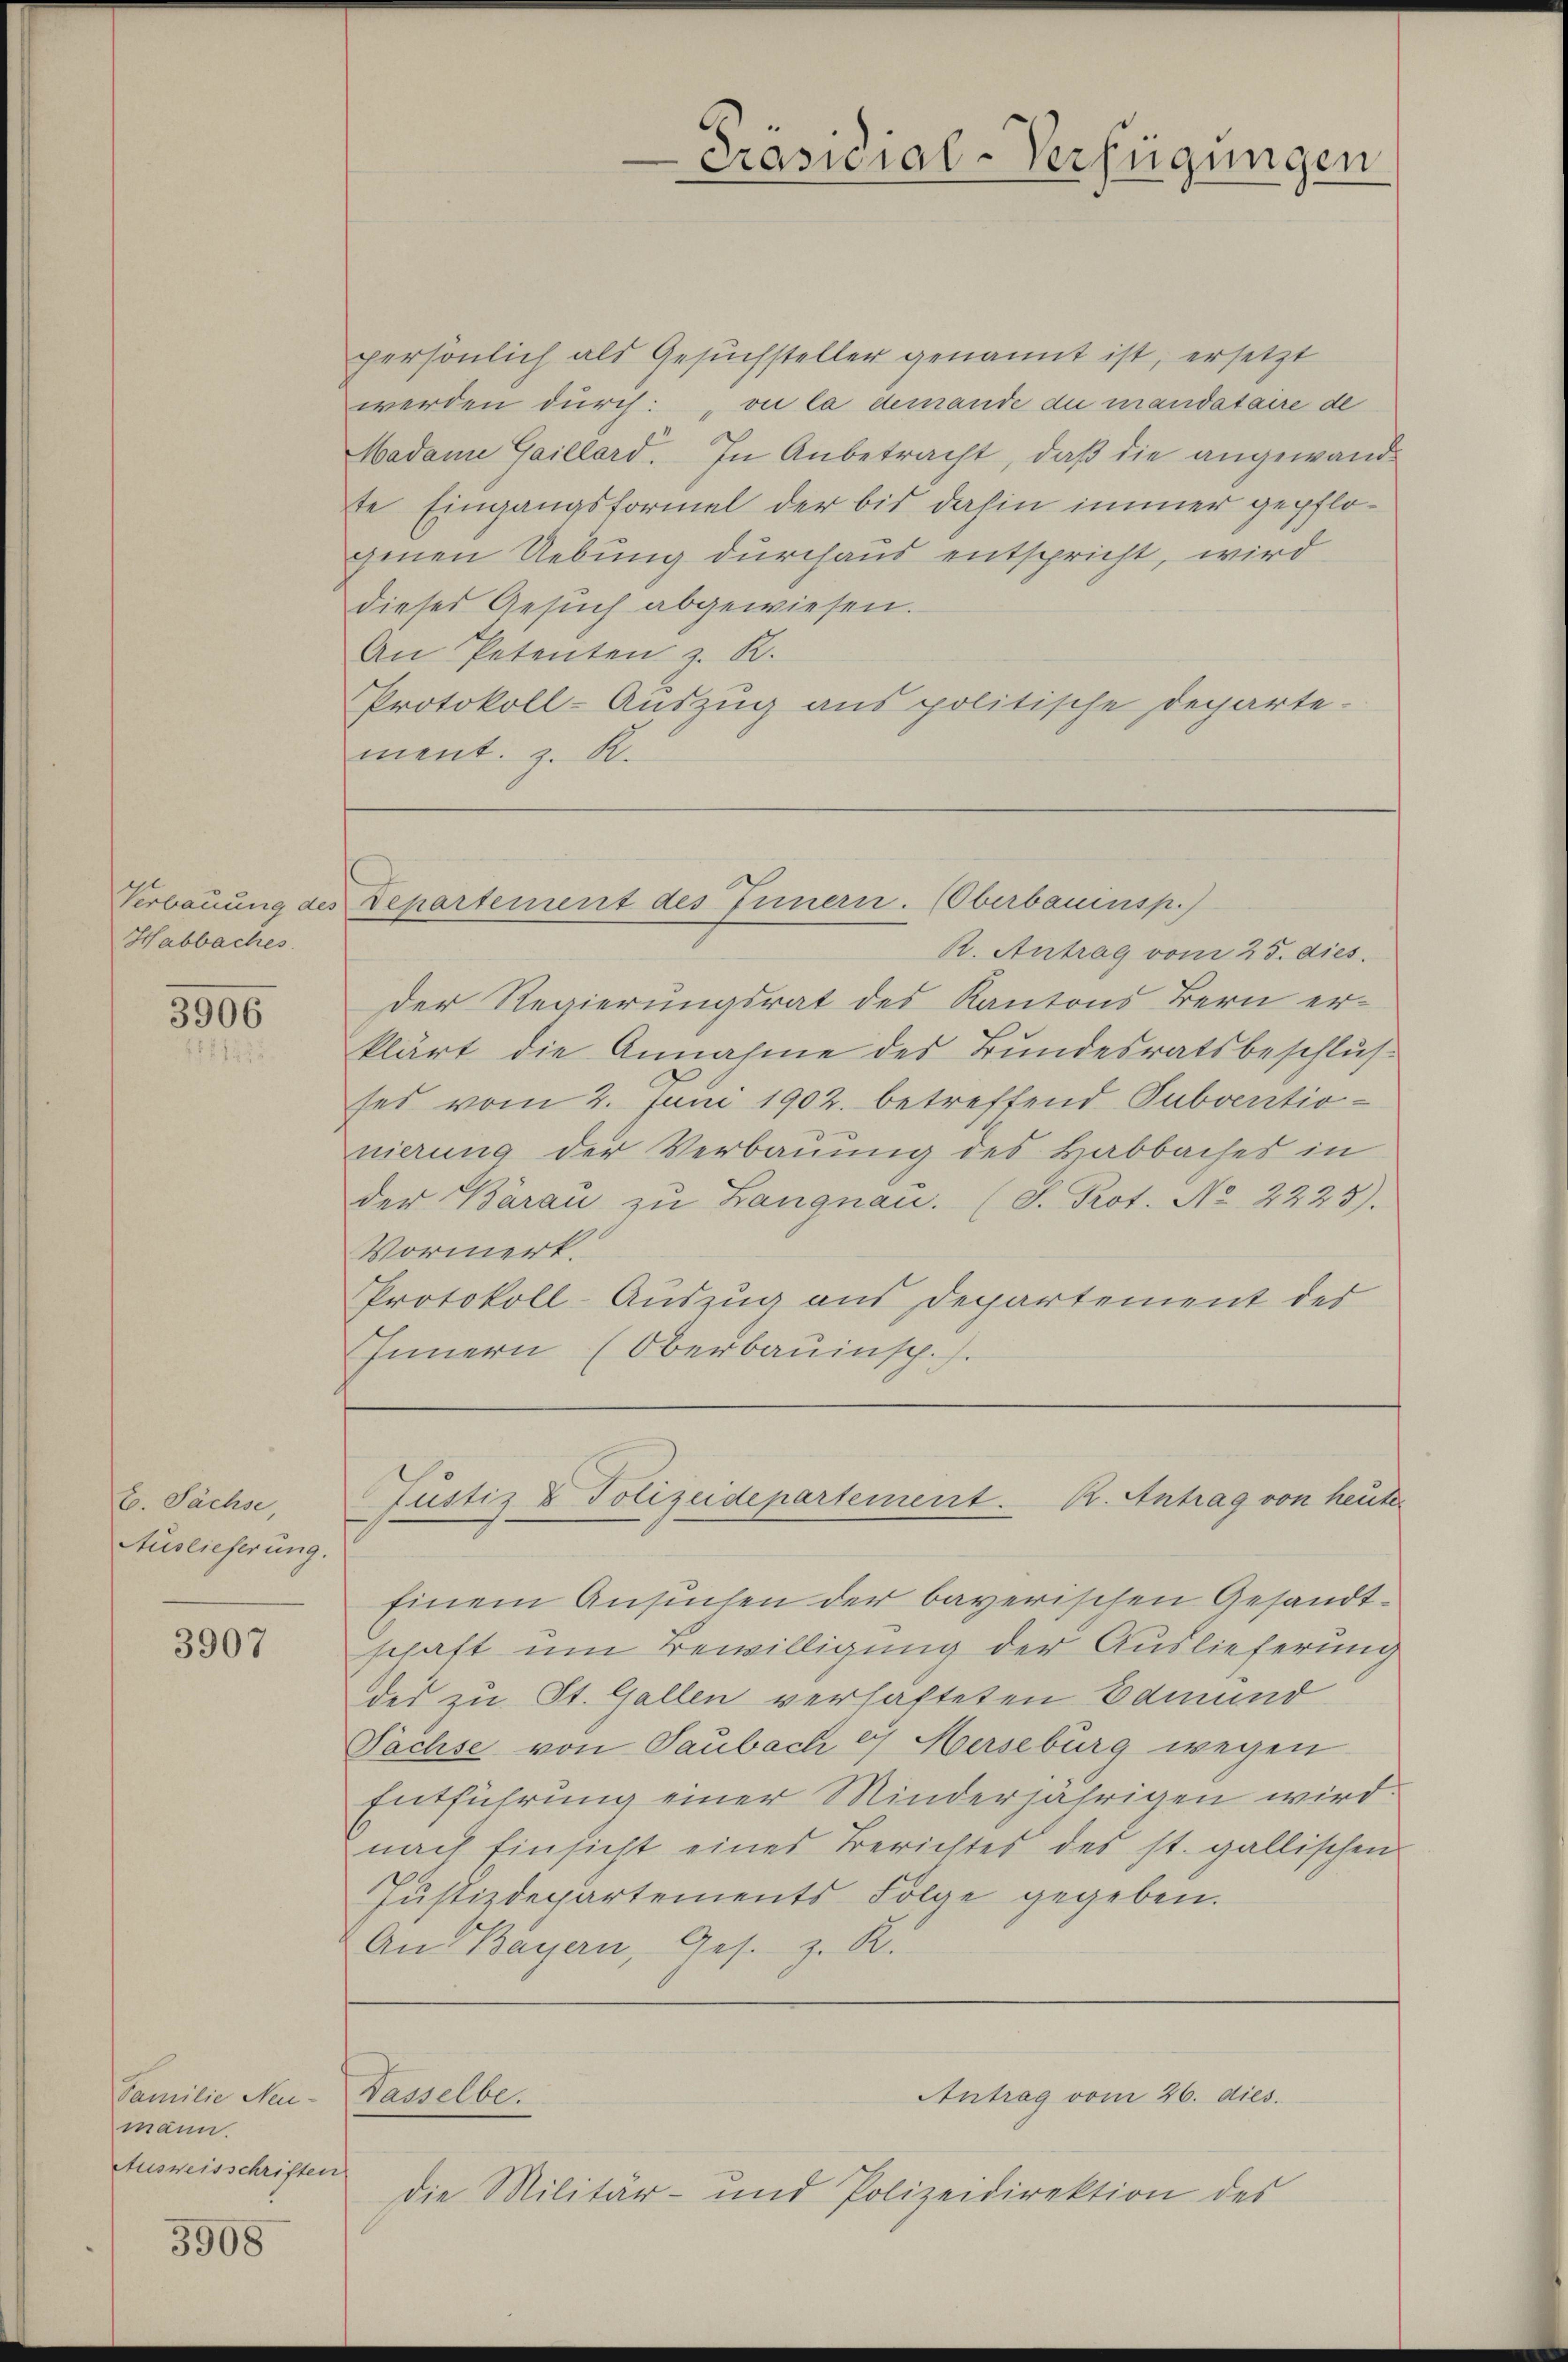
Verbauung de
Habbaches

3906

E. Sächse
Auslieferung.

3907

Familie Neumann.
Ausweisschriften

3908

Departement des Innern. (Oberbauinsp.)

persönlich als Gesuchsteller genannt ist, ersetzt
werden durch: „vie la demande du mandataire de
Madame Gaillard. In Anbetracht, daß die angewandte Eingangsformel der bis dahin immer gepflogenen Uebung durchaus entspricht, wird
dieses Gesuch abgewiesen.
An Petenten z. K.
Protokoll-Auszug aus politische Departe-
ment. z. R.

R. Antrag vom 25. dies
der Regierungsrat des Kantons Bern erklärt die Annahme des Bundesratsbeschlus
ses vom 2. Juni 1902. betreffend Subventionierung der Verbauung des Habbaches in
der Barau zu Langnau. (S. Prot. No 2223).
Vormerk.
Protokoll-Auszug aus Departement des
Innern (Oberbauinsch. s.

Die Militär.

-Präsidial-Verfügungen

Einem Ansuchen der bayerischen Gesandtschaft um Bewilligung der Auslieferung
des zu St. Gallen verhafteten Edmund
Sächse von Taubach 4 Merseburg wegen
Entführung einer Minderjährigen wird
nach Einsicht eines Berichtes des st. gallischen
Justizdepartements Folge gegeben.
An Bayern, Ges. z. R.

und Polizeidirektion des

Justiz & Polizeidepartement. B. Antrag von heuter

Dasselbe.

Antrag vom 26. dies.